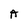
Character: A